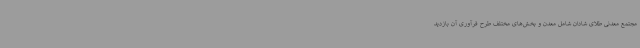
مجتمع معدنی طلای شادان شامل معدن و بخش‌های مختلف طرح فرآوری آن بازدید